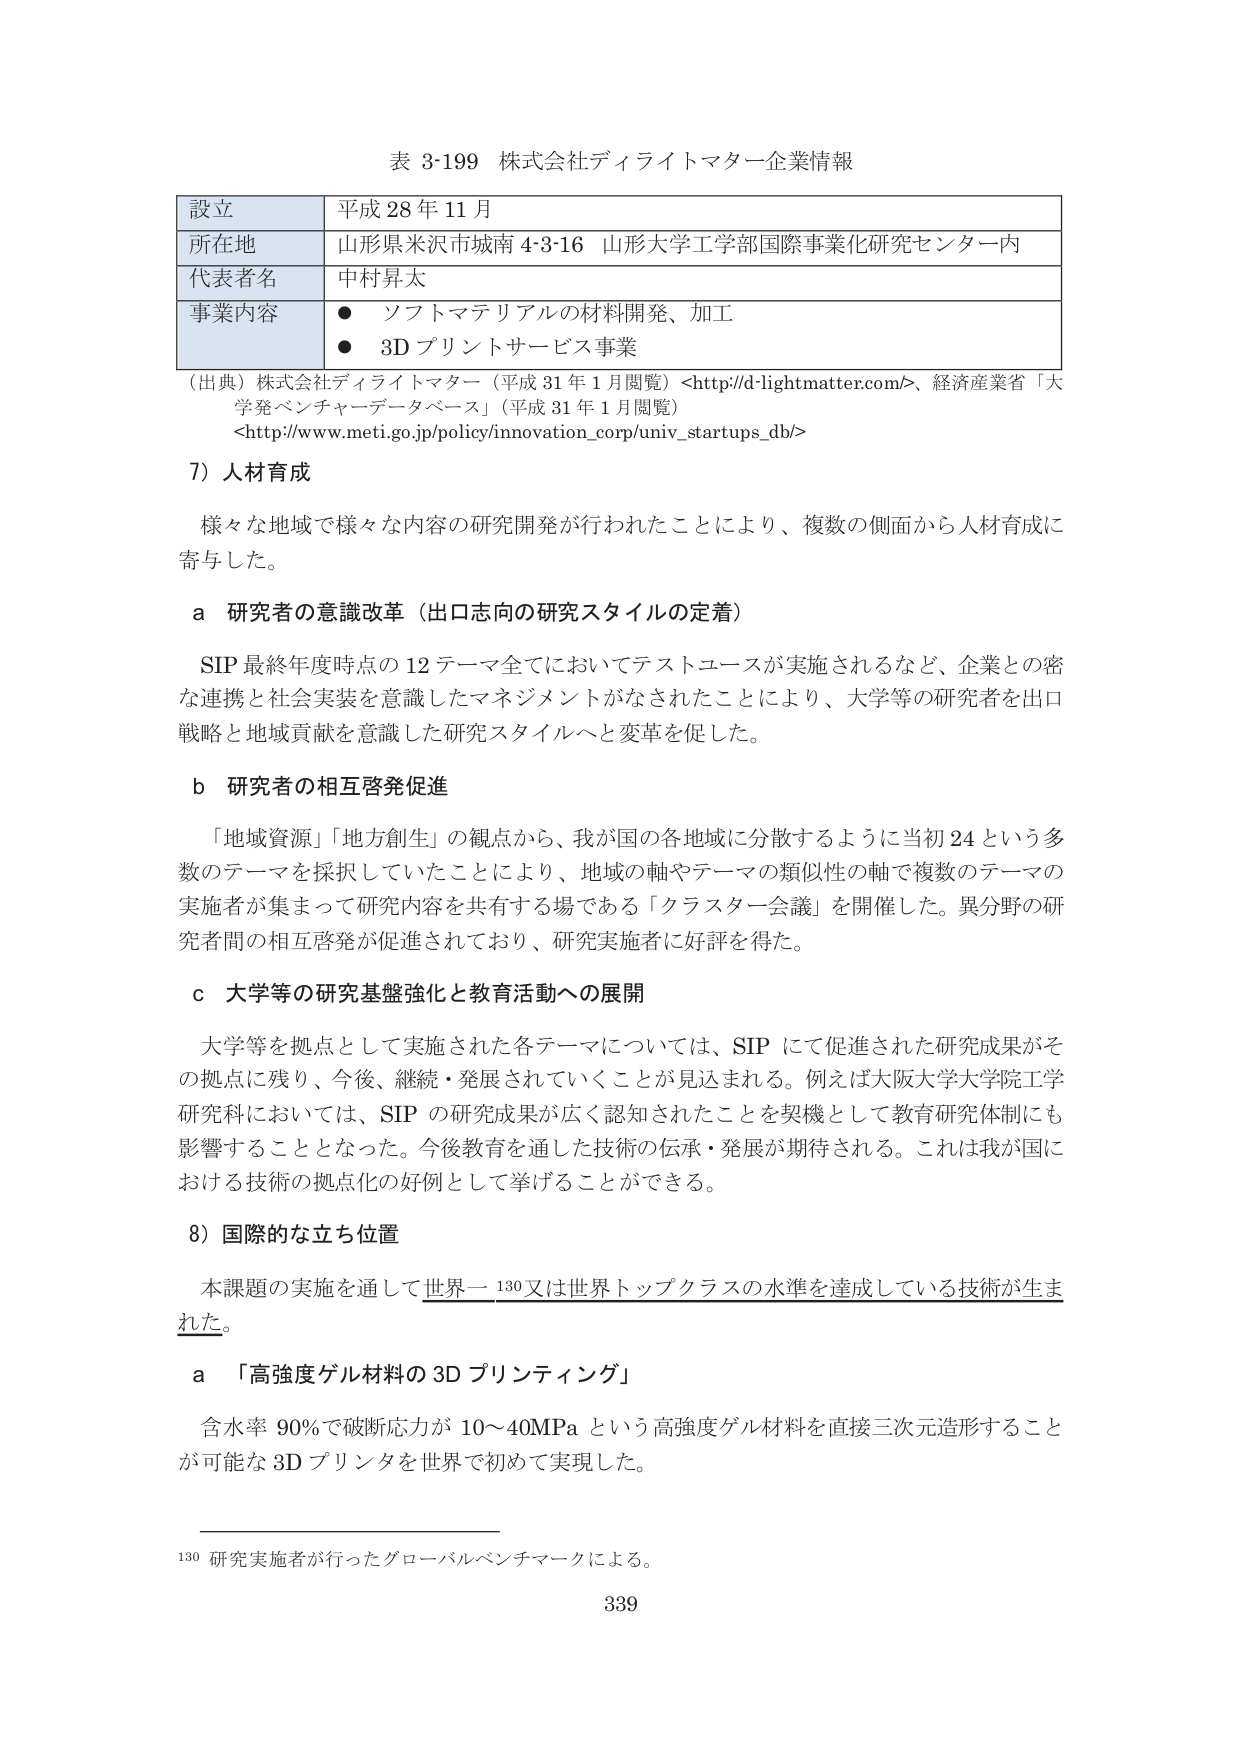
表 3-199 株式会社ディライトマター企業情報

設立 平成 28 年 11 月
所在地 山形県米沢市城南 4-3-16 山形大学工学部国際事業化研究センター内
代表者名 中村昇太
事業内容 ● ソフトマテリアルの材料開発、加工
　　　　　● 3D プリントサービス事業

（出典）株式会社ディライトマター（平成 31 年 1 月閲覧）<http://d-lightmatter.com/>、経済産業省「大学発ベンチャーデータベース」（平成 31 年 1 月閲覧）<http://www.meti.go.jp/policy/innovation_corp/univ_startups_db/>

7）人材育成

様々な地域で様々な内容の研究開発が行われたことにより、複数の側面から人材育成に寄与した。

a 研究者の意識改革（出口志向の研究スタイルの定着）

SIP 最終年度時点の 12 テーマ全てにおいてテストユースが実施されるなど、企業との密な連携と社会実装を意識したマネジメントがなされたことにより、大学等の研究者を出口戦略と地域貢献を意識した研究スタイルへと変革を促した。

b 研究者の相互啓発促進

「地域資源」「地方創生」の観点から、我が国の各地域に分散するように当初 24 という多数のテーマを採択していたことにより、地域の軸やテーマの類似性の軸で複数のテーマの実施者が集まって研究内容を共有する場である「クラスター会議」を開催した。異分野の研究者間の相互啓発が促進されており、研究実施者に好評を得た。

c 大学等の研究基盤強化と教育活動への展開

大学等を拠点として実施された各テーマについては、SIP にて促進された研究成果がその拠点に残り、今後、継続・発展されていくことが見込まれる。例えば大阪大学大学院工学研究科においては、SIP の研究成果が広く認知されたことを契機として教育研究体制にも影響することとなった。今後教育を通した技術の伝承・発展が期待される。これは我が国における技術の拠点化の好例として挙げることができる。

8）国際的な立ち位置

本課題の実施を通して世界一 130 又は世界トップクラスの水準を達成している技術が生まれた。

a 「高強度ゲル材料の 3D プリンティング」

含水率 90%で破断応力が 10～40MPa という高強度ゲル材料を直接三次元造形することが可能な 3D プリンタを世界で初めて実現した。

130 研究実施者が行ったグローバルベンチマークによる。

339